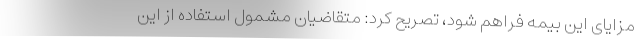
مزایای این بیمه فراهم شود، تصریح کرد: متقاضیان مشمول استفاده از این